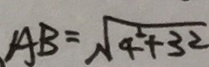
A B = \sqrt { 4 ^ { 2 } + 3 ^ { 2 } }